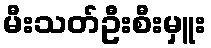
မီးသတ်ဦးစီးမှူး